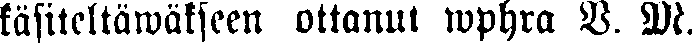
käsiteltäwäkseen ottanut wphra V. M.